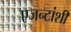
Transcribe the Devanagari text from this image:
एजन्टांशी